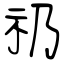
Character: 礽